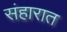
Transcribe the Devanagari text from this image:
संहारात